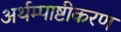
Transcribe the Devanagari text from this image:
अर्थम्पाष्टीकरण